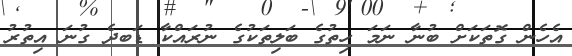
އެހެން ގޮތަކަށް ބުނާ ނަމަ ހިތުގެ ބަލިތަކުގެ ނުރައްކާ ޑަބދެ ގުނަ އިތުރު